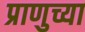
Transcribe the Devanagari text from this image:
प्राणुच्या